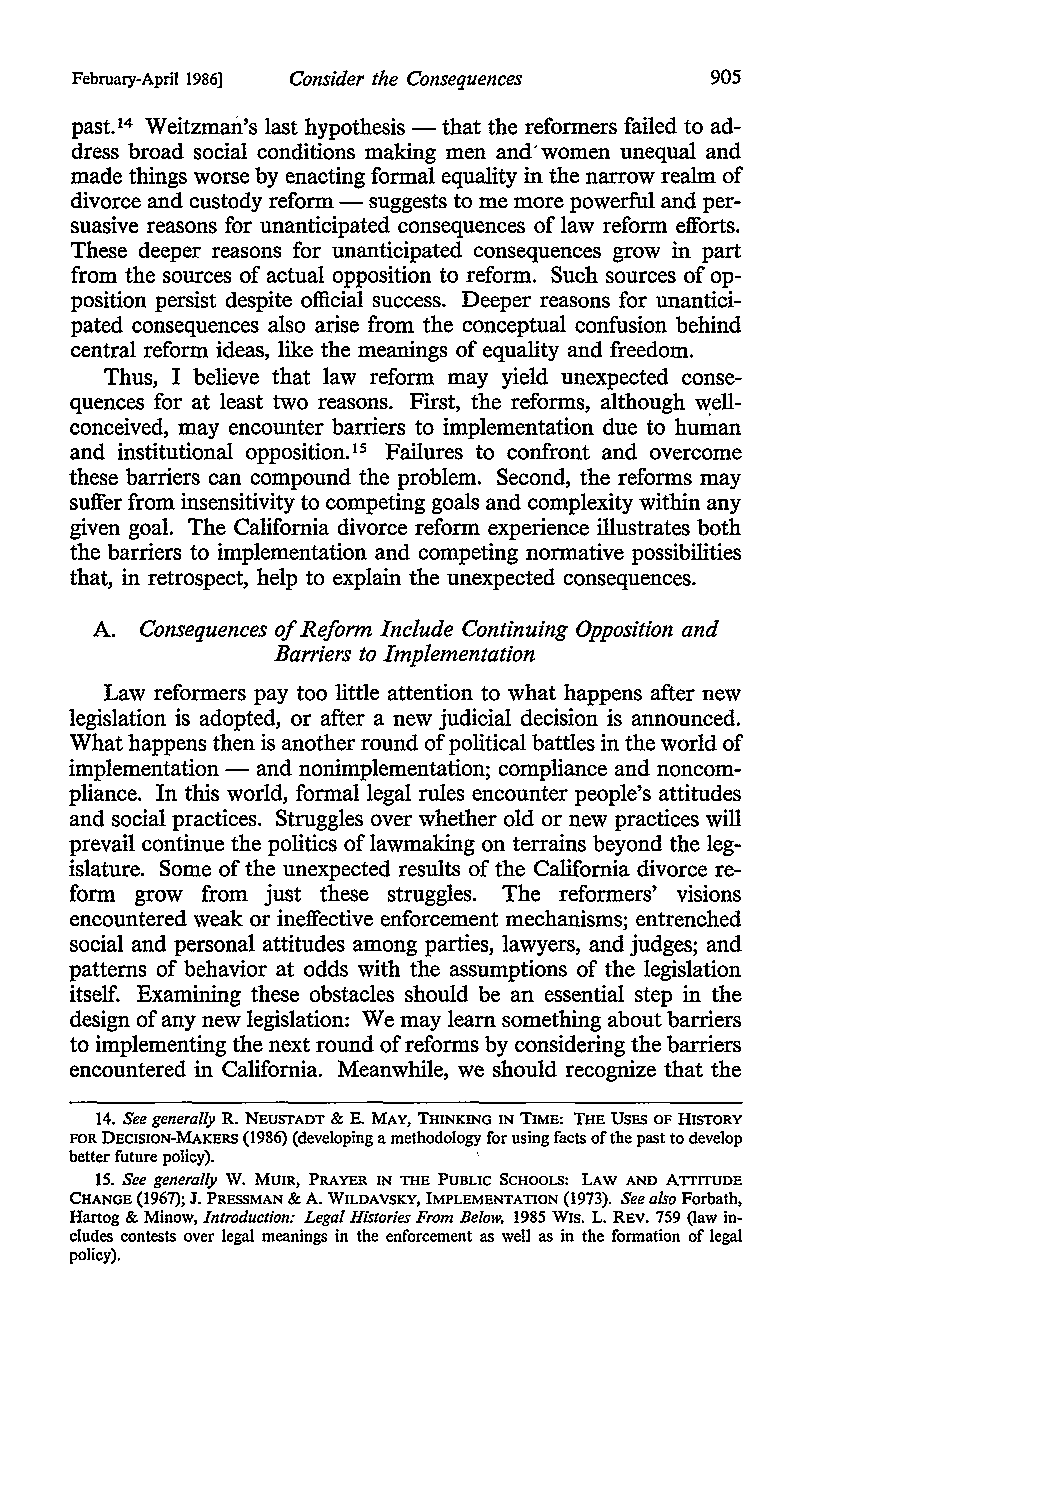
February-April 1986) Consider the Consequences 905
 past.14 Weitzmari.'s last hypothesis - that the reformers failed to ad
 dress broad social conditions making men and' women unequal and
 made things worse by enacting formal equality in the narrow realm of
 divorce and custody reform - suggests to me more powerful and per
 suasive reasons for unanticipated consequences of law reform efforts.
 These deeper reasons for unanticipated consequences grow in part
 from the sources of actual opposition to reform. Such sources of op
 position persist despite official success. Deeper reasons for unantici
 pated consequences also arise from the conceptual confusion behind
 central reform ideas, like the meanings of equality and freedom.
 Thus, I believe that law reform may yield unexpected conse
 quences for at least two reasons. First, the reforms, although well
 conceived, may encounter barriers to implementation due to human
 and institutional opposition.15 Failures to confront and overcome
 these barriers can compound the problem. Second, the reforms may
 suffer from insensitivity to competing goals and complexity within any
 given goal. The California divorce reform experience illustrates both
 the barriers to implementation and competing normative possibilities
 that, in retrospect, help to explain the unexpected consequences.
 A. Consequences of Reform Include Continuing Opposition and
 Barriers to Implementation
 Law reformers pay too little attention to what happens after new
 legislation is adopted, or after a new judicial decision is announced.
 What happens then is another round of political battles in the world of
 implementation - and nonimplementation; compliance and noncom
 pliance. In this world, formal legal rules encounter people's attitudes
 and social practices. Struggles over whether old or new practices will
 prevail continue the politics of lawmaking on terrains beyond the leg
 islature. Some of the unexpected results of the California divorce re
 form grow from just these struggles. The reformers' visions
 encountered weak or ineffective enforcement mechanisms; entrenched
 social and personal attitudes among parties, lawyers, and judges; and
 patterns of behavior at odds with the assumptions of the legislation
 itself. Examining these obstacles should be an essential step in the
 design of any new legislation: We may learn something about barriers
 to implementing the next round of reforms by considering the barriers
 encountered in California. Meanwhile, we should recognize that the
 14. See generally R. NEUSTADT & E. MAY, THINKING IN TIME: THE USES OF HISTORY
 FOR DECISION-MAKERS (1986) (developing a methodology for using facts of the past to develop
 better future policy).     '
 w.
 15. See generally MUIR, PRAYER IN THE PUBLIC SCHOOLS: LAW AND ATIITUDE
 CHANGE (1967); J. PRESSMAN & A. WILDAVSKY, IMPLEMENTATION (1973). See also Forbath,
 Hartog & Minow, Introduction: Legal Histories From Below, 1985 WIS. L. REV. 759 (law in
 cludes contests over legal meanings in the enforcement as well as in the formation of legal
 policy).